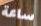
ساعة